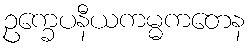
ဥက္ခေပနီယကမ္မကတေန